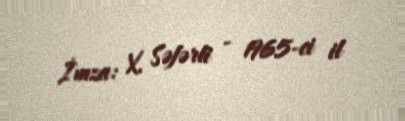
İmza: X. Səfərli - 1965-ci il